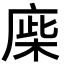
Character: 𢉪